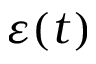
\varepsilon ( t )